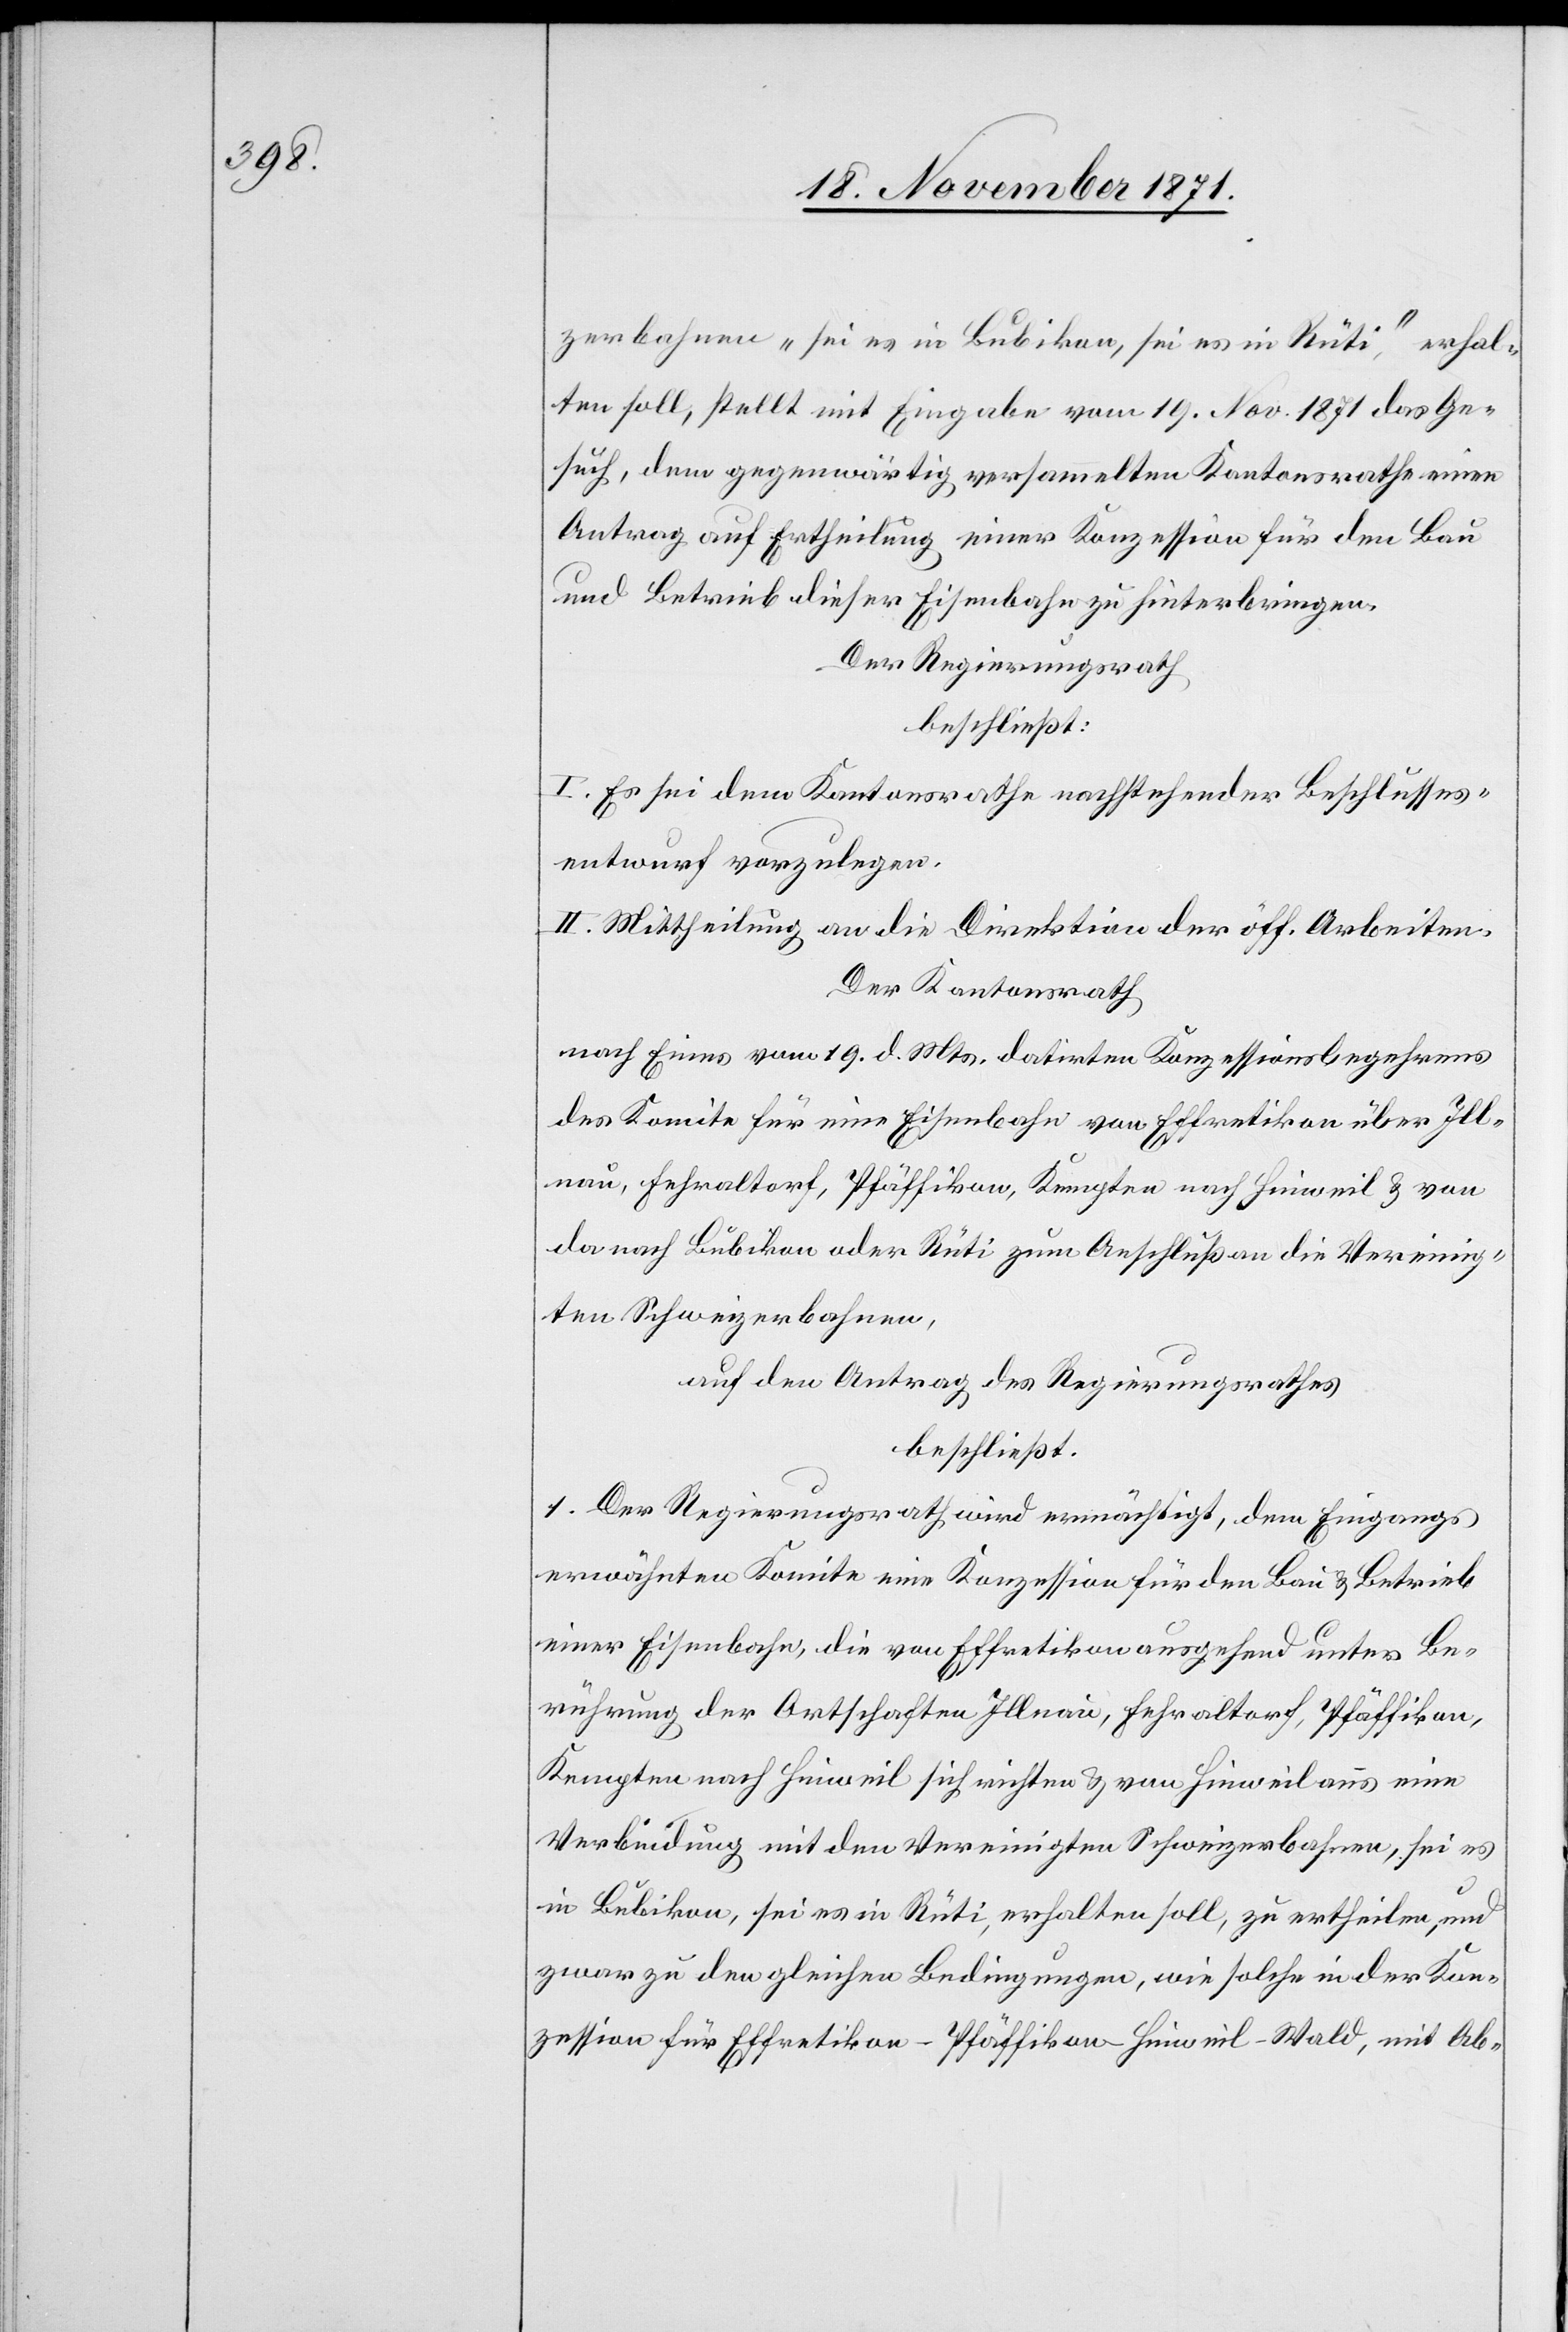
zerbahnen „sei es in Bubikon, sei es in Rüti“, erhal¬
ten soll, stellt mit Eingabe vom 19. Nov. 1871 das Ge¬
such, dem gegenwärtig versammelten Kantonsrathe einen
Antrag auf Ertheilung einer Konzession für den Bau
und Betrieb dieser Eisenbahn zu hinterbringen.
Der Regierungsrath
beschließt:
I. Es sei dem Kantonsrathe nachstehender Beschlusses¬
entwurf vorzulegen.
II. Mittheilung an die Direktion der öff. Arbeiten.
Der Kantonsrath
nach Einem vom 19. d. Mts. datirten Konzessionsbegehren
des Komitee für eine Eisenbahn von Effretikon über Ill¬
nau, Fehraltorf, Pfäffikon, Kempten nach Hinweil & von
da nach Bubikon oder Rüti zum Anschluße an die Vereinig¬
ten Schweizerbahnen,
auf den Antrag des Regierungsrathes
beschließt:
1. Der Regierungsrath wird ermächtigt, dem Eingangs
erwähnten Komitee eine Konzession für den Bau & Betrieb
einer Eisenbahn, die von Effretikon ausgehend unter Be¬
rührung der Ortschaften Illnau, Fehraltorf, Pfäffikon,
Kempten nach Hinweil sich richten & von Hinweil aus eine
Verbindung mit den Vereinigten Schweizerbahnen, sei es
in Bubikon, sei es in Rüti, erhalten soll, zu ertheilen, und
zwar zu den gleichen Bedingungen, wie solche in der Kon¬
zession für Effretikon–Pfäffikon–Hinweil–Wald, mit Ab-